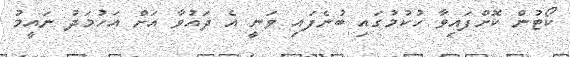
ކޯޓުން ކޮށްފައިވާ ހުކުމުގައި ބުނެފައި ވަނީ އެ ދައުވާ އަށް އަހުމަދު ނައީމު